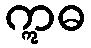
ဣဓ